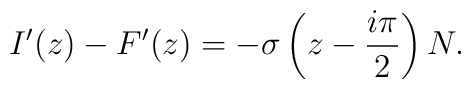
I'(z)-F'(z) = - \sigma\left(z-\frac{i\pi}{2}\right)N.